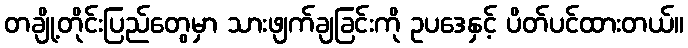
တချို့တိုင်းပြည်တွေမှာ သားဖျက်ချခြင်းကို ဥပဒေနှင့် ပိတ်ပင်ထားတယ်။